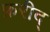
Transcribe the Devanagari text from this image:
फ़रीद्